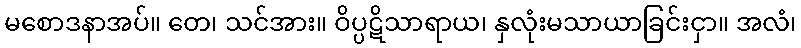
မစောဒနာအပ်။ တေ၊ သင်အား။ ဝိပ္ပဋိသာရာယ၊ နှလုံးမသာယာခြင်းငှာ။ အလံ၊